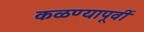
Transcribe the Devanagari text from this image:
कळण्यापूर्वी